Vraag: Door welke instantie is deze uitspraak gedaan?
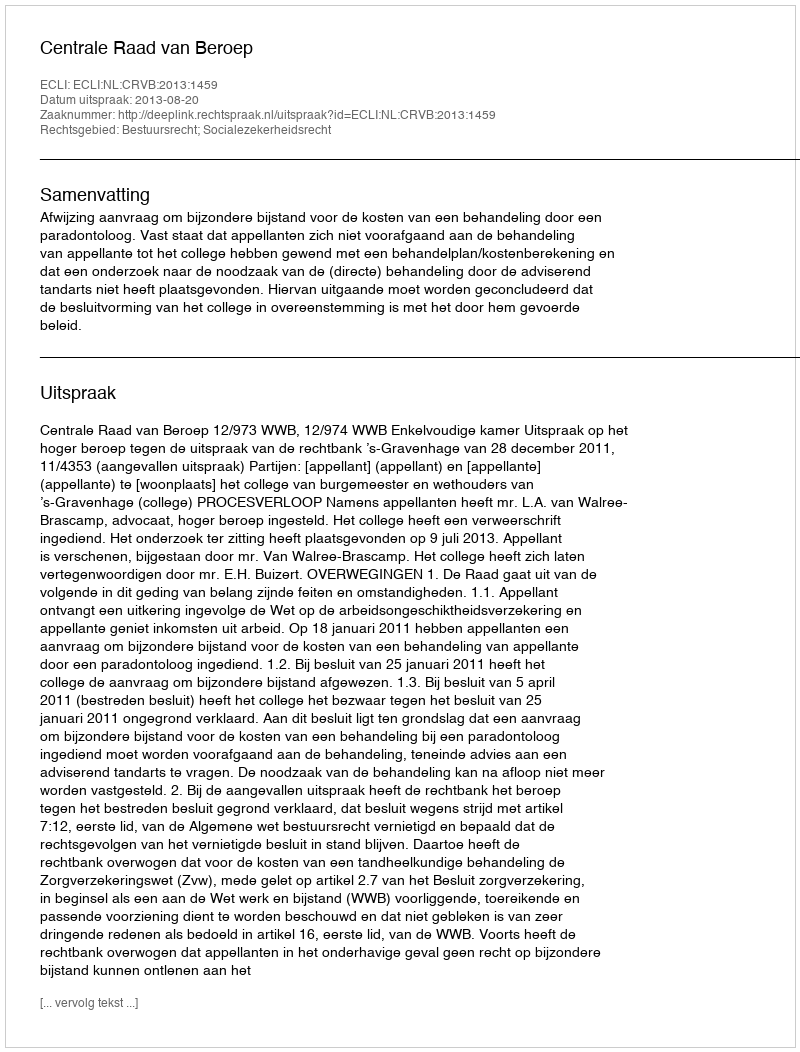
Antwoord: Centrale Raad van Beroep